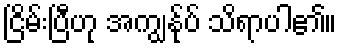
ငြိမ်းပြီဟု အကျွန်ုပ် သိရာပါ၏။